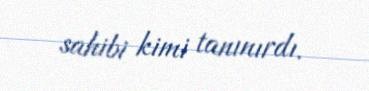
sahibi kimi tanınırdı.